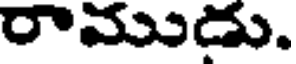
రాముడు.